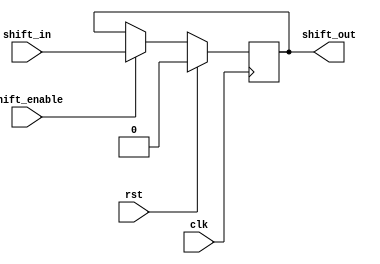
// This program was cloned from: https://github.com/ucb-cs250/caravel_fpga250
// License: Apache License 2.0

module shift_bit (
    input clk,
    input rst,

    input shift_enable,

    input shift_in,
    output shift_out
);
    reg config_bit;
    assign shift_out = config_bit;

    always @(posedge clk) begin
        if (rst == 1'b0) begin
            if (shift_enable == 1'b1) begin
                config_bit <= shift_in;
            end else begin
                config_bit <= config_bit;
            end
        end
        else config_bit <= 1'b0;
    end
endmodule

module shift_chain #(
    parameter LENGTH = 8
) (
    input clk,
    input rst,

    input shift_enable,
    
    input shift_in,
    output shift_out,

    output [LENGTH-1:0] config_data
);
    wire [LENGTH-1:0] intermediate;

    assign config_data = intermediate;

    genvar i;
    generate
        if (LENGTH == 0) assign shift_out = shift_in;
        if (LENGTH >= 1) begin
            shift_bit head_bit (
                .clk(clk),
                .rst(rst),
                .shift_enable(shift_enable),
                .shift_in(shift_in),
                .shift_out(intermediate[LENGTH - 1])
            );
            assign shift_out = intermediate[0];
        end
        if (LENGTH > 1) begin
            for (i = 1; i < LENGTH; i = i + 1) begin
                shift_bit shift_bit_i (
                    .clk(clk),
                    .rst(rst),
                    .shift_enable(shift_enable),
                    .shift_in(intermediate[i]),
                    .shift_out(intermediate[i - 1])
                );
            end
        end
    endgenerate
endmodule